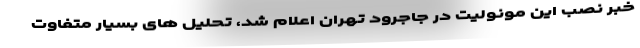
خبر نصب این مونولیت در جاجرود تهران اعلام شد، تحلیل های بسیار متفاوت